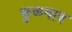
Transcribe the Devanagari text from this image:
कुळगाव